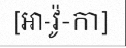
[អា-វ៉ូ-កា]